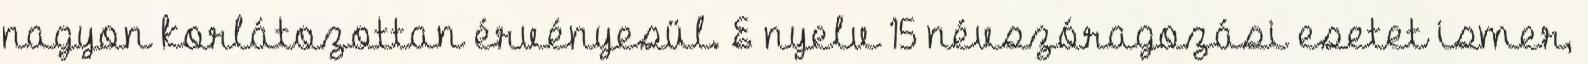
nagyon korlátozottan érvényesül. E nyelv 15 névszóragozási esetet ismer,